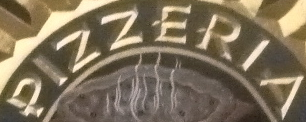
PIZZERIA